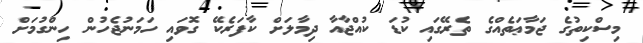
މިސްކިތުގެ ޖަމާޢަތެއްގެ ތެރޭގައި ކުޑަ ކުއްޖާއާ ދިމާލަށް ކާފަރެކޭ ގޮވައި ހަމަނުޖެހުން ހިންގުމަށް